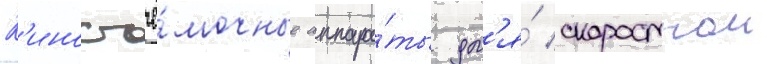
К'иносъё́мочные аппара́ты дл'я́ скоростнои